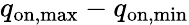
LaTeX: q_{\mathrm{on,max}}-q_{\mathrm{on,min}}